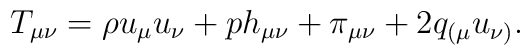
T_{\mu\nu} = \rho u_\mu u_\nu + p h_{\mu\nu} + \pi_{\mu\nu} + 2q_{(\mu} u_{\nu)}.